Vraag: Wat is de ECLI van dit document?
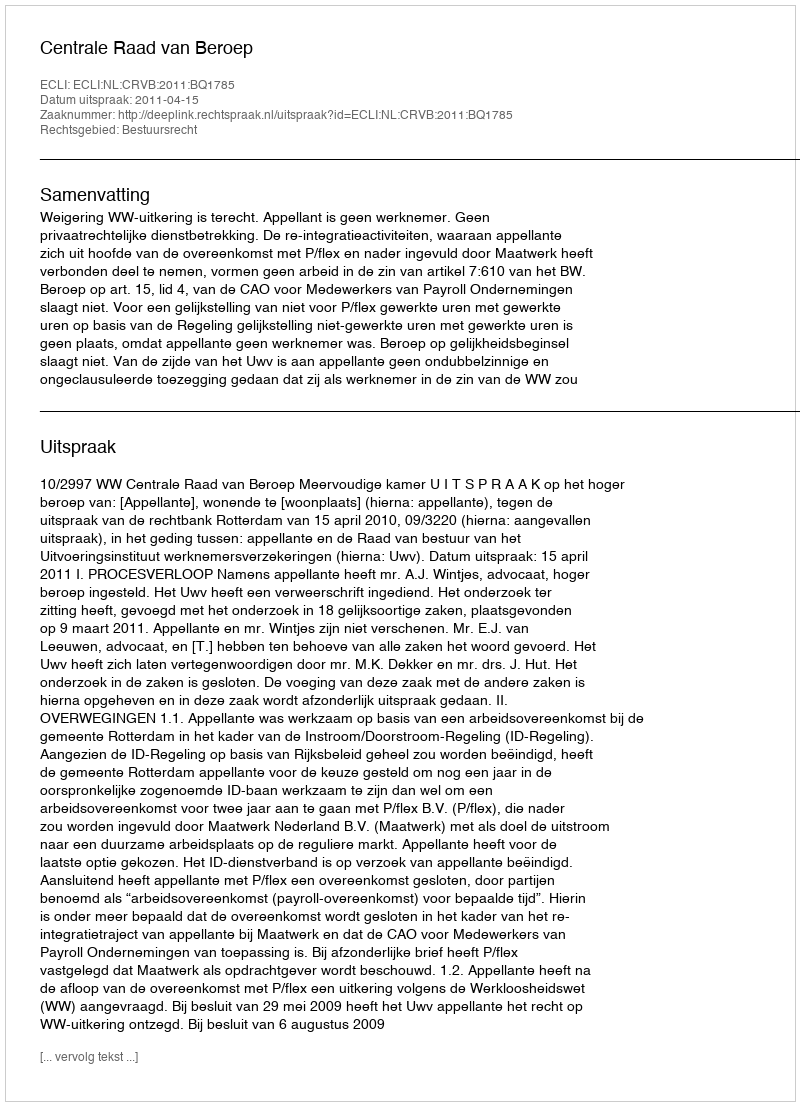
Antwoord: ECLI:NL:CRVB:2011:BQ1785